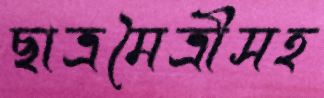
ছাত্রমৈত্রীসহ